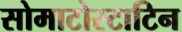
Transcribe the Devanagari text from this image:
सोमाटोस्टाटिन